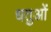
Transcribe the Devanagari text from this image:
धतुओं